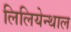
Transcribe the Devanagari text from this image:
लिलियेन्थाल